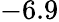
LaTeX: -6.9